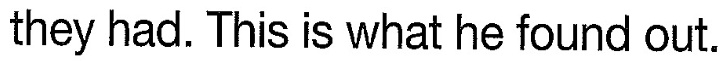
they had. This is what he found out.